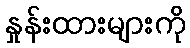
နှုန်းထားများကို